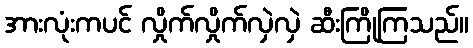
အားလုံးကပင် လှိုက်လှိုက်လှဲလှဲ ဆီးကြိုကြသည်။